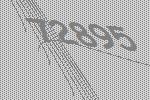
72895